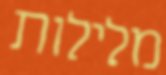
מלילות